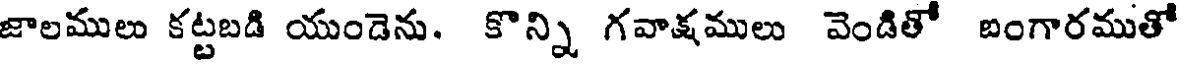
జాలములు కట్టబడి యుండెను. కొన్ని గవాక్షములు వెండితో బంగారముతో